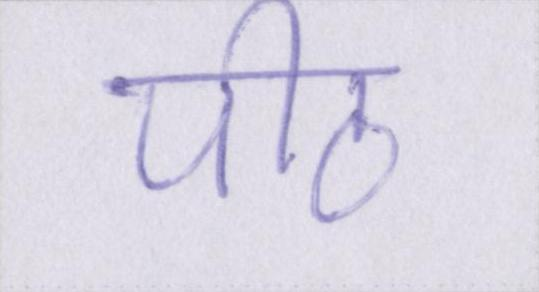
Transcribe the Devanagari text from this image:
पीठ